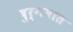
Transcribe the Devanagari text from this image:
दुर्गमात